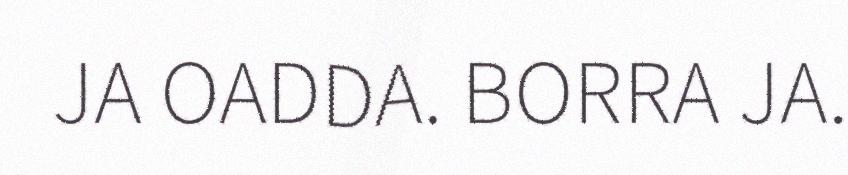
JA OADDA. BORRA JA.